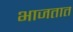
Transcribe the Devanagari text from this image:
भाजतात